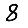
Digit: 8